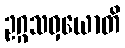
ဥဂ္ဂသဝှယောတိ